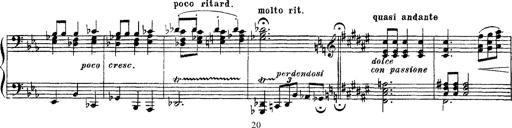
Title: Apparitions
Composer: Franz Liszt